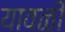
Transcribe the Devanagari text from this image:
यावळी